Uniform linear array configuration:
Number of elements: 12
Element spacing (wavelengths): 1
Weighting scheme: exponential
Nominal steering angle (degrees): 15
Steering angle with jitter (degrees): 13.448
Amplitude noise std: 0.05
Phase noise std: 0.05

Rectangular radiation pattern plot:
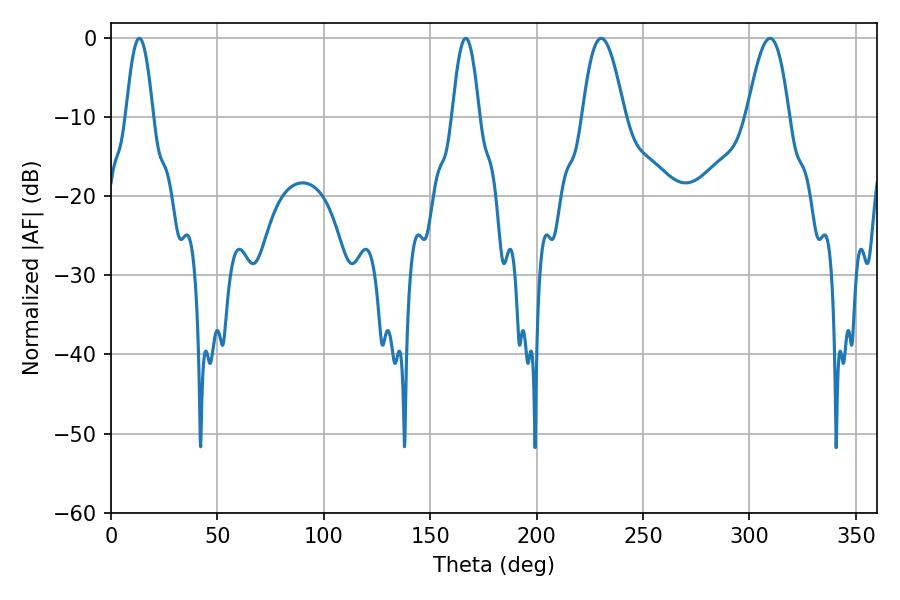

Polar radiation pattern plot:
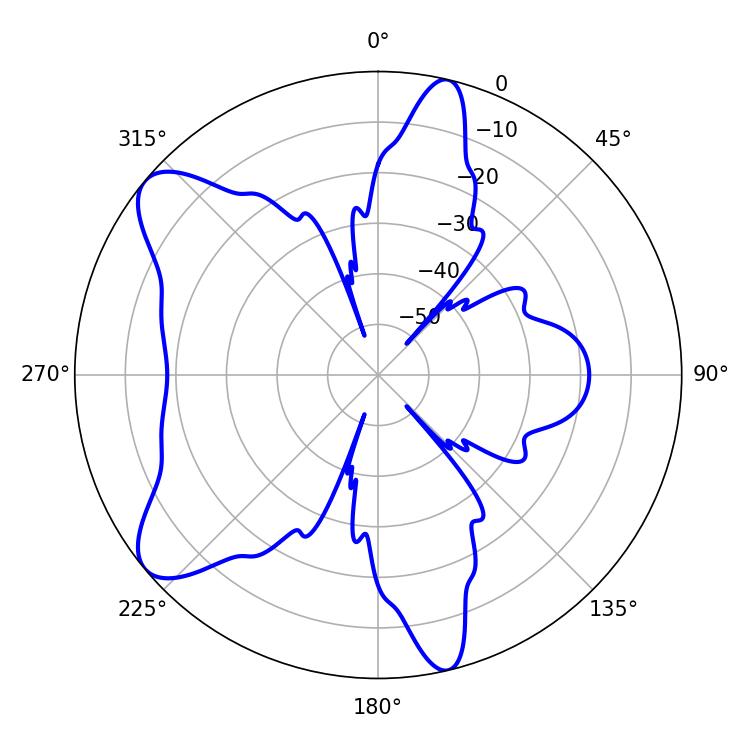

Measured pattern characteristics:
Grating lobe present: TRUE
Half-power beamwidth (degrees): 6.84
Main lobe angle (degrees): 13.32